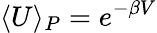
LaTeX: \langle U\rangle_{P}=e^{-\beta V}